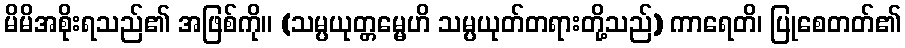
မိမိအစိုးရသည်၏ အဖြစ်ကို။ (သမ္ပယုတ္တမ္မေဟိ သမ္ပယုတ်တရားတို့သည်) ကာရေတိ၊ ပြုစေတတ်၏